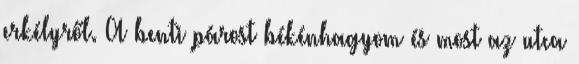
erkélyről. A benti párost békénhagyom és most az utca